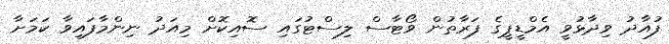
ފުއާދު ވިދާޅުވީ އެމްޑީޕީގެ ފަރާތުން ވޯޓާސް ލިސްޓުގައި ސޮއިކޮށް މިއަދު ނިންމާފައިވާ ކަމަށާ